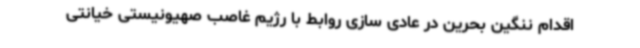
اقدام ننگین بحرین در عادی سازی روابط با رژیم غاصب صهیونیستی خیانتی